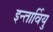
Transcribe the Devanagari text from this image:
इन्तार्वियु